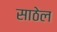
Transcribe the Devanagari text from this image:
साठेल